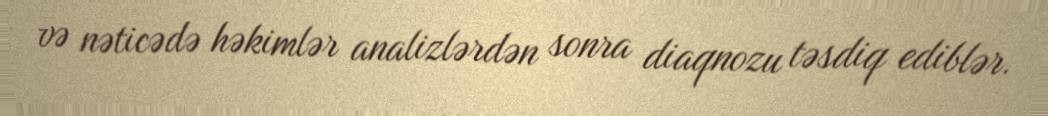
və nəticədə həkimlər analizlərdən sonra diaqnozu təsdiq ediblər.